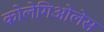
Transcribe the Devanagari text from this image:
कोलेगिओलेस